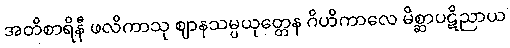
အတိစာရိနီ ဖလိကာသု ဈာနသမ္ပယုတ္တေန ဂိဟိကာလေ မိစ္ဆာပဋိညာယ